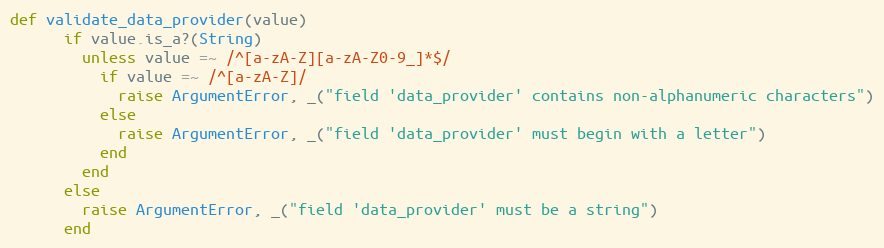
Language: Ruby
def validate_data_provider(value)
      if value.is_a?(String)
        unless value =~ /^[a-zA-Z][a-zA-Z0-9_]*$/
          if value =~ /^[a-zA-Z]/
            raise ArgumentError, _("field 'data_provider' contains non-alphanumeric characters")
          else
            raise ArgumentError, _("field 'data_provider' must begin with a letter")
          end
        end
      else
        raise ArgumentError, _("field 'data_provider' must be a string")
      end